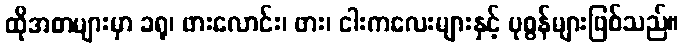
ထိုအစာများမှာ ခရု၊ ဖားလောင်း၊ ဖား၊ ငါးကလေးများနှင့် ပုစွန်များဖြစ်သည်။